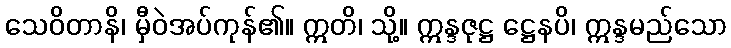
သေဝိတာနိ၊ မှီဝဲအပ်ကုန်၏။ ဣတိ၊ သို့။ ဣန္ဒဇုဋ္ဌ ဋ္ဌေနပိ၊ ဣန္ဒမည်သော